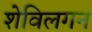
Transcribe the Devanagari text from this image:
शेविलगन